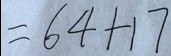
= 6 4 + 1 7